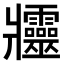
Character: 𤖦